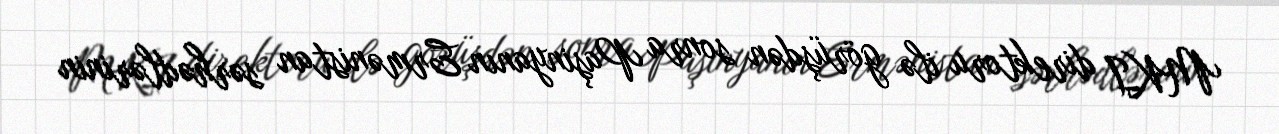
MKI direktoru ilə görüşdən sonra Paşinyanın Ermənistan sərhədlərinin